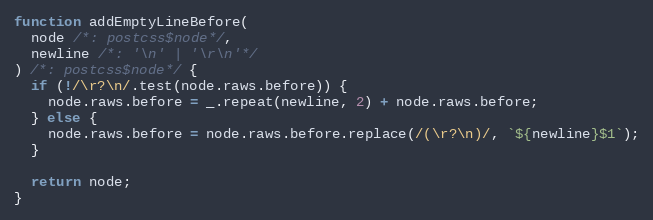
Language: JavaScript
function addEmptyLineBefore(
  node /*: postcss$node*/,
  newline /*: '\n' | '\r\n'*/
) /*: postcss$node*/ {
  if (!/\r?\n/.test(node.raws.before)) {
    node.raws.before = _.repeat(newline, 2) + node.raws.before;
  } else {
    node.raws.before = node.raws.before.replace(/(\r?\n)/, `${newline}$1`);
  }

  return node;
}